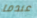
عندما